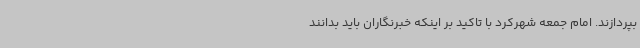
بپردازند. امام جمعه شهرکرد با تاکید بر اینکه خبرنگاران باید بدانند